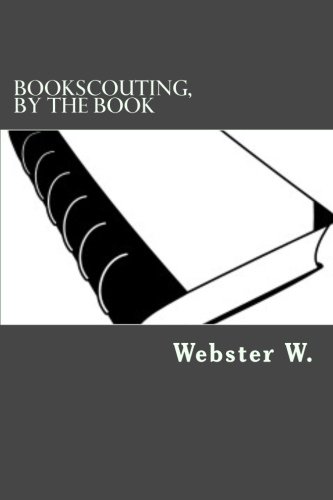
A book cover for Bookscouting, By the Book: A Manual for Cash-Strapped Bibliophiles; Webster W.; Crafts, Hobbies & Home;